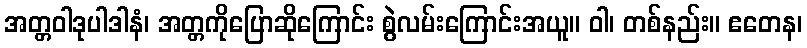
အတ္တဝါဒုပါဒါနံ၊ အတ္တကိုပြောဆိုကြောင်း စွဲလမ်းကြောင်းအယူ။ ဝါ၊ တစ်နည်း။ ဧတေန၊